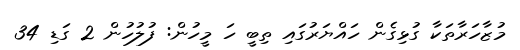
މުޒާހަރާތަކާ ގުޅިގެން ހައްޔަރުގައި ތިބީ ހަ މީހުން: ފުލުހުން 2 ގަޑި 34